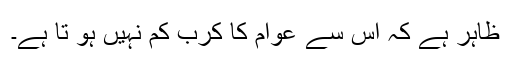
ظاہر ہے کہ اس سے عوام کا کرب کم نہیں ہو تا ہے۔